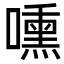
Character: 嚑